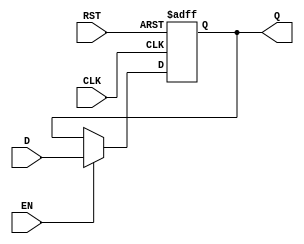
module input_register #(
    parameter WIDTH = 8  // Parameter to define the width of the register (default is 8 bits)
)(
    input wire [WIDTH-1:0] D,     // Data input
    input wire CLK,                // Clock signal
    input wire RST,                // Reset signal (active high)
    input wire EN,                 // Enable signal
    output reg [WIDTH-1:0] Q       // Data output
);

    // Asynchronous reset behavior
    always @(posedge CLK or posedge RST) begin
        if (RST) begin
            Q <= {WIDTH{1'b0}};      // Clear the register to zero
        end else if (EN) begin
            Q <= D;                  // Capture the input data on clock edge if enabled
        end
    end

endmodule